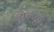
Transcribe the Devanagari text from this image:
व्होल्तेरने